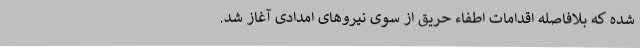
شده که بلافاصله اقدامات اطفاء حریق از سوی نیروهای امدادی آغاز شد.